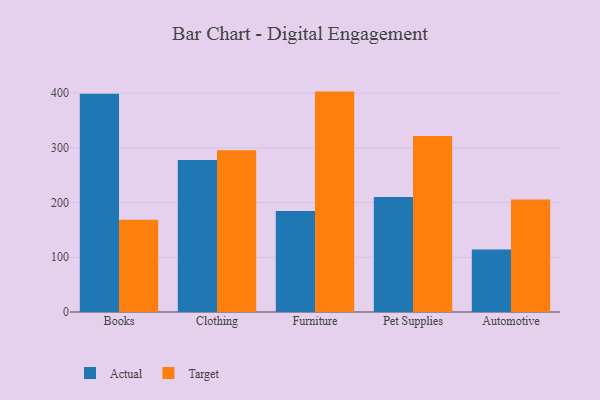
{"axis": {"x": "Category", "y": "Bounce Rate (%)"}, "legend": ["Actual", "Target"], "data": [{"x": "Books", "y": 398.8, "type": "Actual"}, {"x": "Books", "y": 168.4, "type": "Target"}, {"x": "Clothing", "y": 278.0, "type": "Actual"}, {"x": "Clothing", "y": 295.4, "type": "Target"}, {"x": "Furniture", "y": 184.7, "type": "Actual"}, {"x": "Furniture", "y": 402.8, "type": "Target"}, {"x": "Pet Supplies", "y": 210.2, "type": "Actual"}, {"x": "Pet Supplies", "y": 321.6, "type": "Target"}, {"x": "Automotive", "y": 114.0, "type": "Actual"}, {"x": "Automotive", "y": 205.8, "type": "Target"}]}